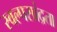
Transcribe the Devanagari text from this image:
स्वल्पसांद्रता